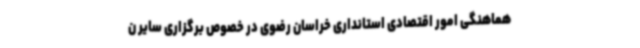
هماهنگی امور اقتصادی استانداری خراسان رضوی در خصوص برگزاری سایر ن